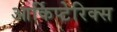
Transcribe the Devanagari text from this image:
आर्किप्टेरिक्स